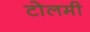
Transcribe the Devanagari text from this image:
टोलमी